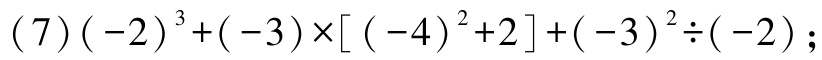
$(7)(-2)^{3}+(-3)\times[(-4)^{2}+2]+(-3)^{2}\div(-2);$